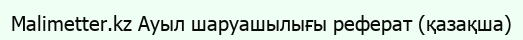
Malimetter.kz Ауыл шаруашылығы реферат (қазақша)